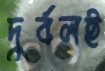
দুর্বলই